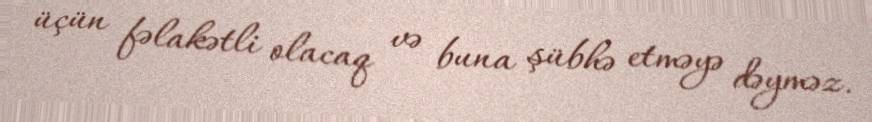
üçün fəlakətli olacaq və buna şübhə etməyə dəyməz.